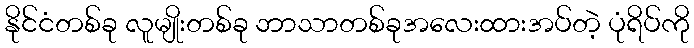
နိုင်ငံတစ်ခု လူမျိုးတစ်ခု ဘာသာတစ်ခုအလေးထားအပ်တဲ့ ပုံရိပ်ကို